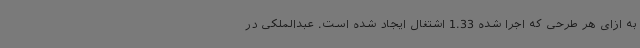
به ازای هر طرحی که اجرا شده 1.33 اشتغال ایجاد شده است. عبدالملکی در